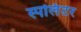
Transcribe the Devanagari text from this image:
स्पलिंटर